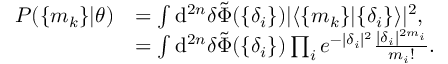
\begin{array} { r l } { P ( \{ m _ { k } \} | \boldsymbol { \theta } ) } & { = \int \mathrm { d } ^ { 2 n } { \delta } \tilde { \Phi } ( \{ \delta _ { i } \} ) | \langle \{ m _ { k } \} | \{ \delta _ { i } \} \rangle | ^ { 2 } , } \\ & { = \int \mathrm { d } ^ { 2 n } { \delta } \tilde { \Phi } ( \{ \delta _ { i } \} ) \prod _ { i } e ^ { - | \delta _ { i } | ^ { 2 } } \frac { | \delta _ { i } | ^ { 2 m _ { i } } } { m _ { i } ! } . } \end{array}